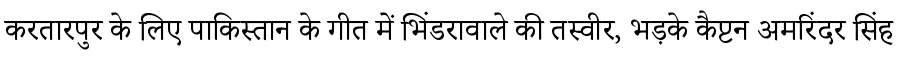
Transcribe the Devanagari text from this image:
करतारपुर के लिए पाकिस्तान के गीत में भिंडरावाले की तस्वीर, भड़के कैप्टन अमरिंदर सिंह